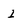
Character: I